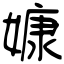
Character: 嫝